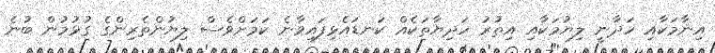
އިނާމަކާއި ހަދާނީ ލިޔުމަކާއި އިތުރު ހަދިޔާތަކެއް ކަނޑައެޅިފައިވާނެ ކަމަށްވެސް ލިޔުންތެރިންގެ ގުޅުމުން ބުނެ